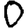
Digit: 0